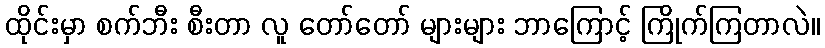
ထိုင်းမှာ စက်ဘီး စီးတာ လူ တော်တော် များများ ဘာကြောင့် ကြိုက်ကြတာလဲ။